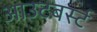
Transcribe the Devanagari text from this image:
आउटबर्स्ट